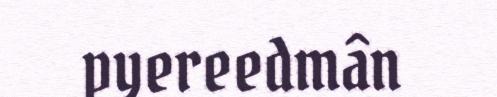
pyereedmân